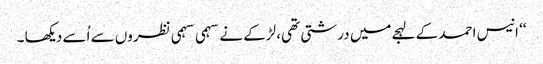
‘‘ انیس احمد کے لہجےمیں درشتی تھی، لڑکے نے سہمی سہمی نظروں سے اُسے دیکھا ۔